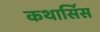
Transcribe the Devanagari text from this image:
कथार्सिस